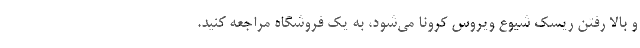
و بالا رفتن ریسک شیوع ویروس کرونا می‌شود، به یک فروشگاه مراجعه کنید.